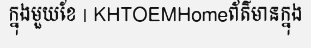
ក្នុងមួយខែ | KHTOEMHomeព័ត៌មានក្នុង